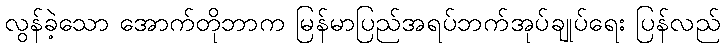
လွန်ခဲ့သော အောက်တိုဘာက မြန်မာပြည်အရပ်ဘက်အုပ်ချုပ်ရေး ပြန်လည်